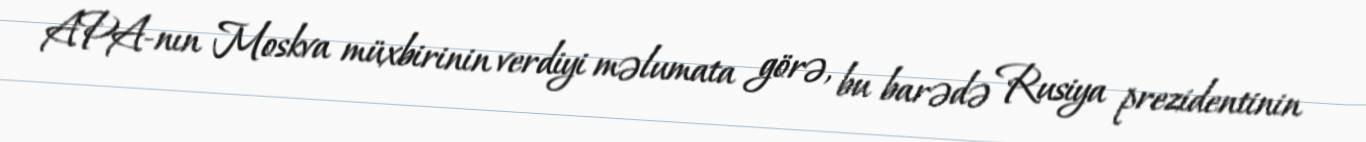
APA-nın Moskva müxbirinin verdiyi məlumata görə, bu barədə Rusiya prezidentinin